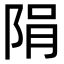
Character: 䧎